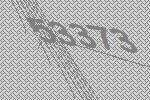
53373